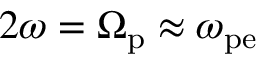
2 \omega = \Omega _ { \mathrm { p } } \approx \omega _ { \mathrm { p e } }